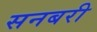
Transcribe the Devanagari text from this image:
सनबरी